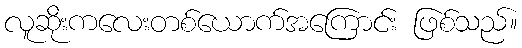
လူဆိုးကလေးတစ်ယောက်အကြောင်း ဖြစ်သည်။